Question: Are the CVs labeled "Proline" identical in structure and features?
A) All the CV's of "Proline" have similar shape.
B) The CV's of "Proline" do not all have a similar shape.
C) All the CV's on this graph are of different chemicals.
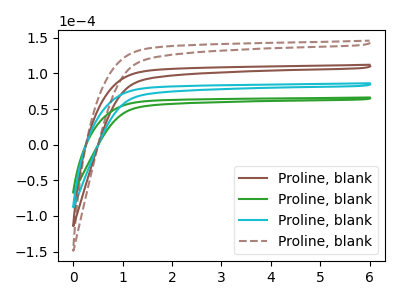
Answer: <think>The brown curve "Proline, blank1" has no peaks. The green curve "Proline, blank2" has no peaks. The cyan curve "Proline, blank3" has no peaks. The brown dashed curve "Proline, blank4" has no peaks.
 Neither "Proline, blank1" or "Proline, blank2" have any peaks. Neither "Proline, blank1" or "Proline, blank3" have any peaks. Neither "Proline, blank1" or "Proline, blank4" have any peaks. Neither "Proline, blank2" or "Proline, blank3" have any peaks. Neither "Proline, blank2" or "Proline, blank4" have any peaks. Neither "Proline, blank3" or "Proline, blank4" have any peaks.</think>
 <answer>A) All the CV's of "Proline" have similar shape.</answer>
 <eval>A</eval>